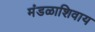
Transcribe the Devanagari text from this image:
मंडळाशिवाय